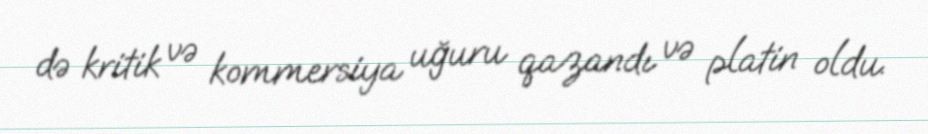
də kritik və kommersiya uğuru qazandı və platin oldu.